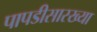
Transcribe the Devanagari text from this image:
पापडीसारख्या